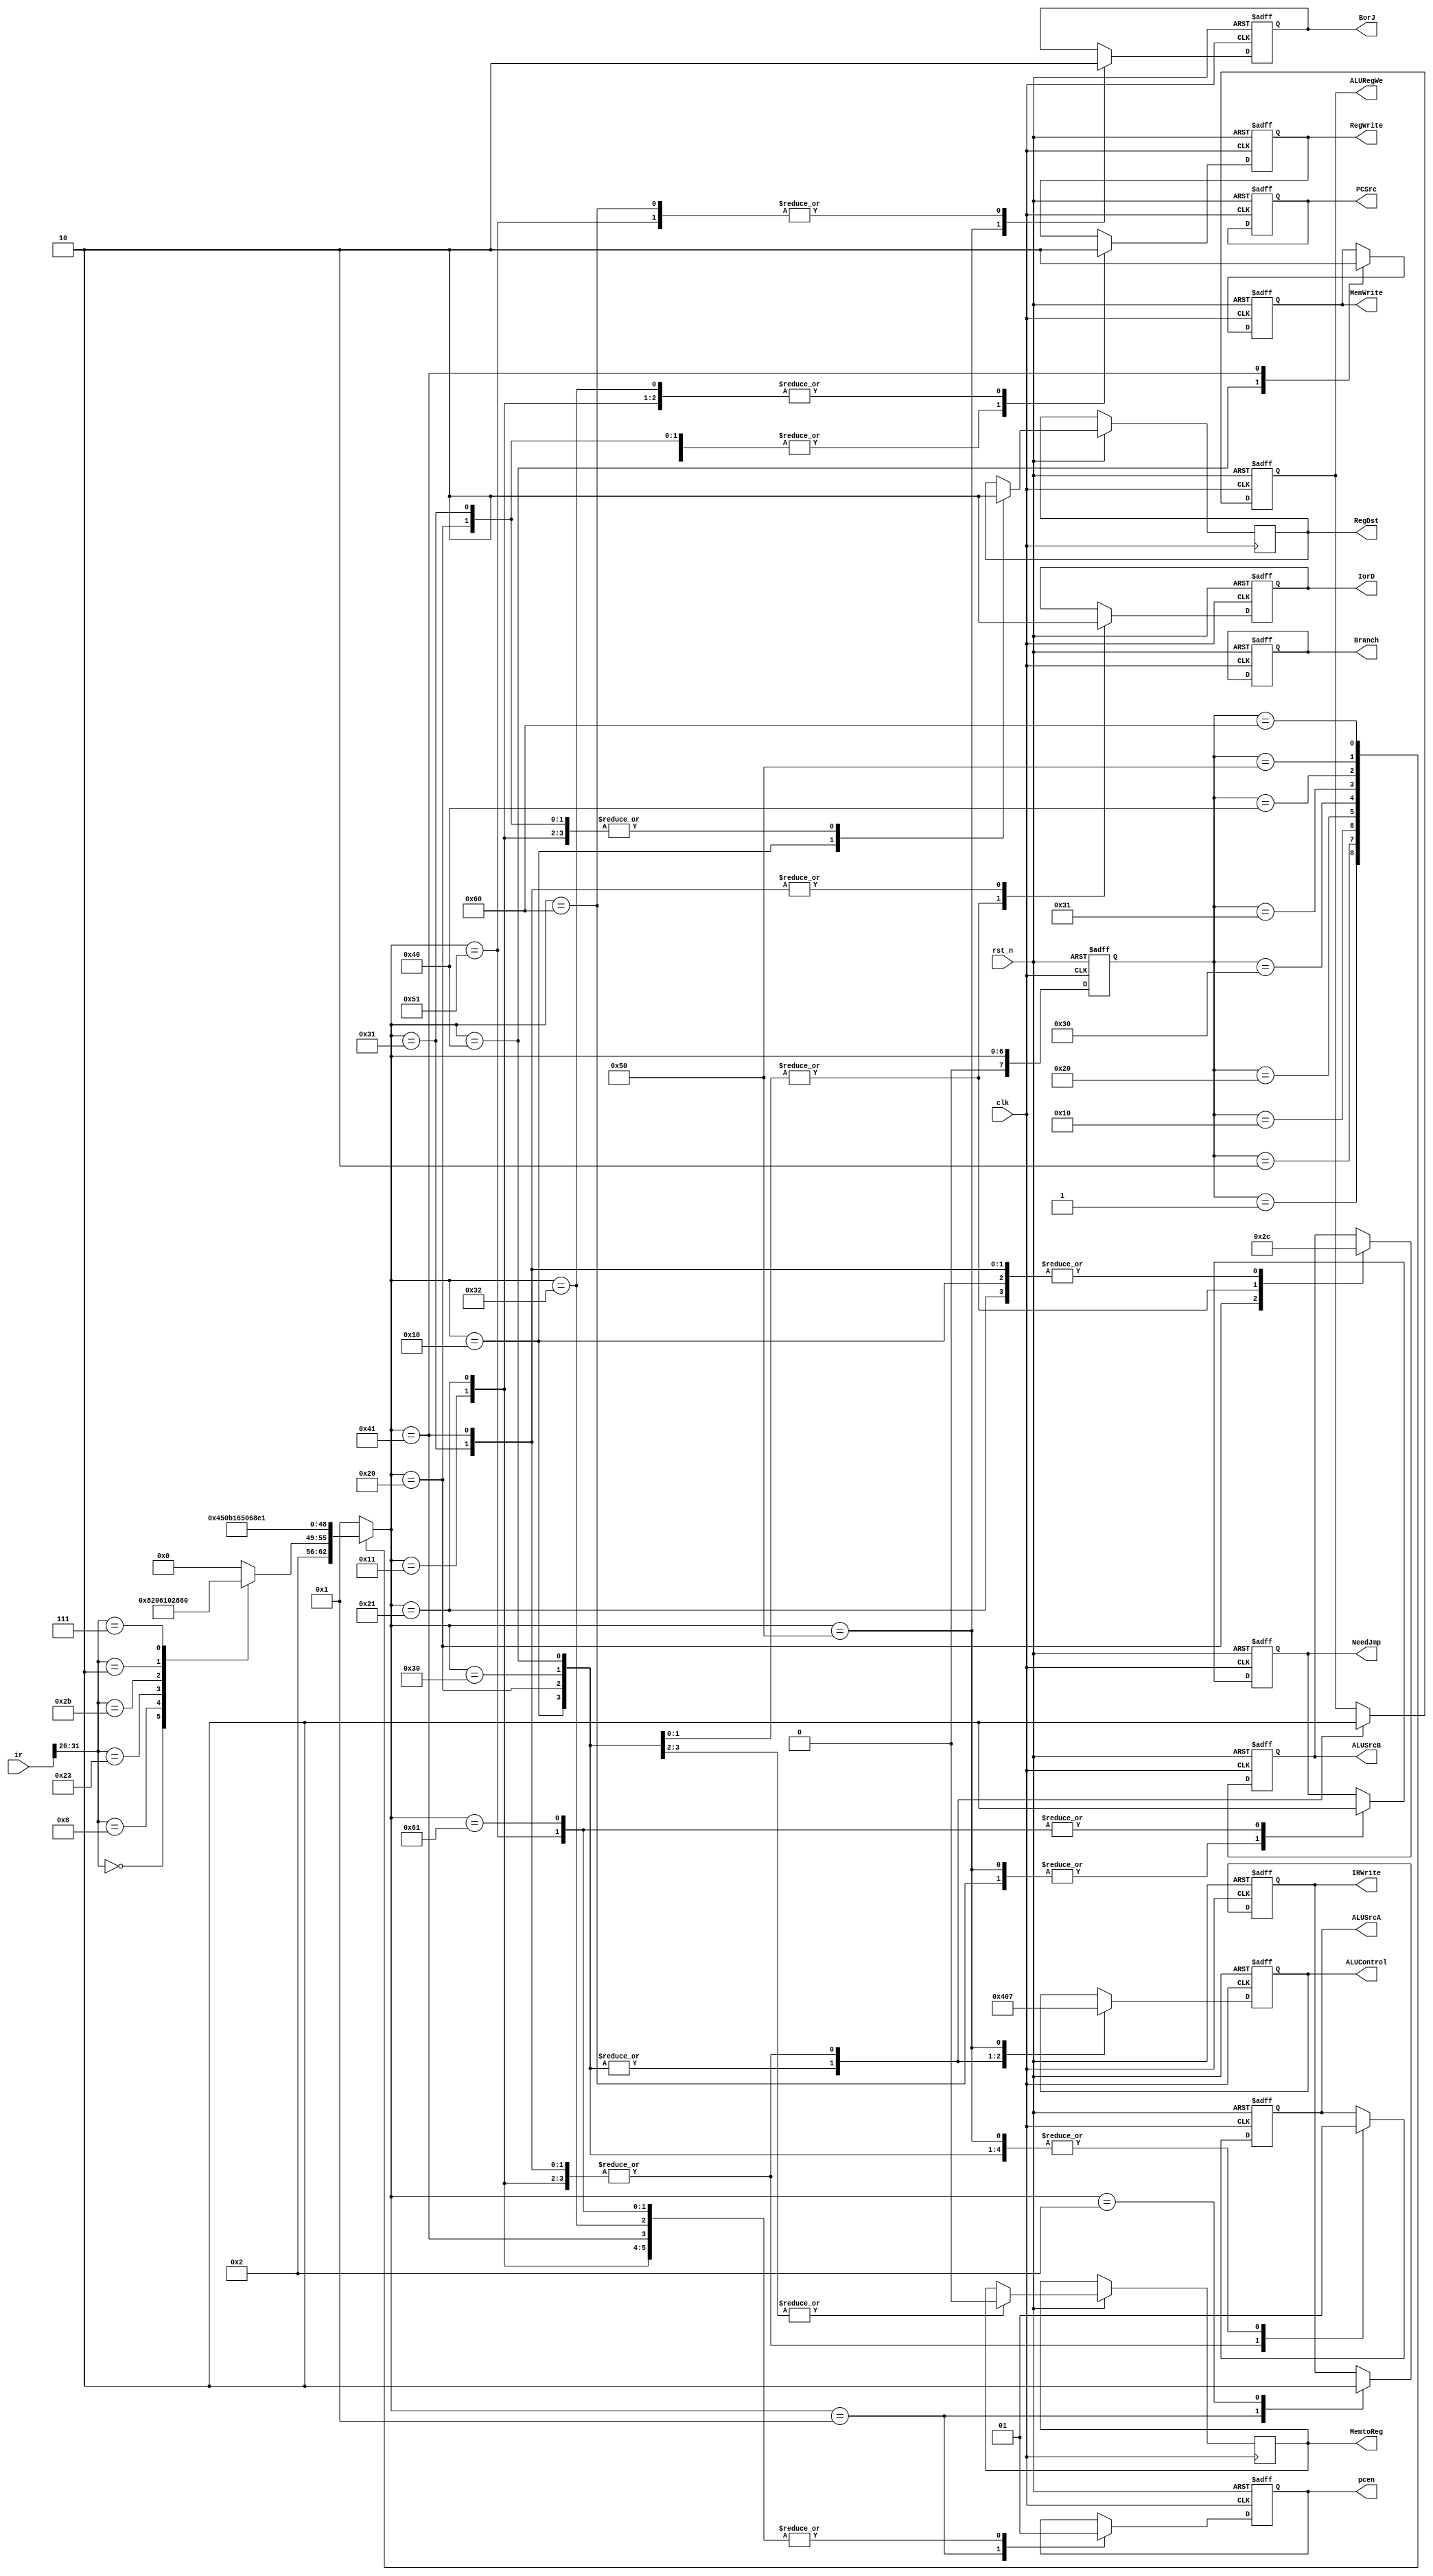
`timescale 1ns / 1ps
//////////////////////////////////////////////////////////////////////////////////
// Company: 
// Engineer: 
// 
// Design Name: 
// Module Name:    FSM 
// Project Name: 
// Target Devices: 
// Tool versions: 
// Description: 
//
// Dependencies: 
//
// Revision: 
// Revision 0.01 - File Created
// Additional Comments: 
//
//////////////////////////////////////////////////////////////////////////////////
module FSM(
	input clk,
	input rst_n,
	input [31:0] ir,
	
	output reg RegDst,
	output reg MemtoReg,
	
	output reg IorD,
	output reg MemWrite,
	output reg IRWrite,
	output reg pcen,
	output reg Branch,
	output reg PCSrc,
	output reg [4:0] ALUControl,
	output reg [1:0] ALUSrcB,
	output reg ALUSrcA,
	output reg RegWrite,
	
	output reg ALURegWe,
	
	output reg NeedJmp,
	output reg BorJ
);

// 00 halt
// 01 out=(pc=pc') pc'=pc+4 
// 02 fetch command,logic switch,set all muxer data
// 10 add; get alu answer
// 11 write back
// 20 addi get alu answer
// (11) 21 write back

// 30 lw add,get address
// 31 read
// 32 write back
// 40 sw add,get address,get data
// 41 write

// 50 bgtz, get flag & pc,write to pc'
// 60 j, get pc, write to pc'


reg [7:0] nowstate;
reg [7:0] nextstate;


always@(posedge clk or negedge rst_n)
begin
	if(~rst_n)
	begin
		nowstate<=8'h0;
	end
	else
		nowstate<=nextstate;
end

always@(*)
begin
	case(nowstate)
	8'h0:
		nextstate=8'h1;
	8'h1:
		nextstate=8'h2;
	8'h2:
		begin
			case(ir[31:26])
			6'h0:
				nextstate=8'h10; //add
			6'h8:
				nextstate=8'h20; //addi
			6'h23:
				nextstate=8'h30; //lw
			6'h2B:
				nextstate=8'h40; //sw
			6'h2:
				nextstate=8'h50; //j
			6'h7:
				nextstate=8'h60; //bgtz
			default:
				nextstate=8'h0;
			endcase
		end
	8'h10:
		nextstate=8'h11;
	8'h20:
		nextstate=8'h21;
	8'h30:
		nextstate=8'h31;
	8'h31:
		nextstate=8'h32;
	8'h40:
		nextstate=8'h41;
	8'h50:
		nextstate=8'h51;
	8'h60:
		nextstate=8'h61;
	default:
		nextstate=8'h1;
	endcase
end

always@(posedge clk or negedge rst_n)
begin
	if(~rst_n)
	begin
		pcen<=1;
		MemWrite<=0;
		RegWrite<=0;
		IorD<=0;
		IRWrite<=0;
		Branch<=0;
		PCSrc<=0;
		ALUControl<=5'b0;
		ALUSrcB<=2'b0;
		ALUSrcA<=0;
		RegWrite<=0;
		ALURegWe<=0;
		NeedJmp<=0;
		BorJ<=0;
	end
	else
	begin
	case(nextstate)
	8'h1:
	begin
		//PC into mem_addr
		pcen<=0;
		IRWrite<=1;
	end
	8'h2:
	begin
		//mem data is already prepared
		IRWrite<=0; //lock instruction
	end
	8'h10:
	begin //add
		RegDst<=1;
		RegWrite<=1;
		ALUSrcA<=1;
		ALUSrcB<=2'b00;
		ALURegWe<=1;
		ALUControl<=5'h1;
		MemtoReg<=0;
	end
	8'h11:
	begin
		RegDst<=0;
		RegWrite<=0;
		ALUSrcA<=0;
		ALUControl<=5'h0;
		pcen<=1;
		ALURegWe<=0;
	end
	8'h20: //addi
	begin
		RegDst<=0;
		RegWrite<=1;
		ALUSrcA<=1;
		ALUSrcB<=2'b10;
		ALUControl<=5'h1;
		MemtoReg<=0;
		ALURegWe<=1;
	end
	8'h21:
	begin
		RegDst<=0;
		RegWrite<=0;
		ALUSrcA<=0;
		ALUSrcB<=2'b0;
		ALUControl<=5'h0;
		pcen<=1;
		ALURegWe<=0;
	end
	8'h30: //lw
	begin
		ALUSrcA<=1;
		ALUSrcB<=2'b11;
		ALUControl<=5'h1;
		IorD<=1;
		ALURegWe<=1;
	end
	8'h31:
	begin
		ALURegWe<=0;
		IorD<=0;
		ALUControl<=5'h0;
		ALUSrcA<=0;
		ALUSrcB<=2'b0;
		//after posedge, mem data is already
		RegDst<=0;
		RegWrite<=1;
	end
	8'h32:
	begin
		//this posedge, write data to reg
		RegWrite<=0;
		pcen<=1;
	end
	8'h40: //sw
	begin
		ALUSrcA<=1;
		ALUSrcB<=2'b11;
		ALUControl<=5'h1;
		IorD<=1;
		ALURegWe<=1; //next posedge, address is ready, rego2 is also ready
		MemWrite<=1;
	end
	8'h41:
	begin
		MemWrite<=0;
		ALURegWe<=0;
		IorD<=0;
		ALUSrcA<=0;
		ALUSrcB<=2'b0;
		ALUControl<=5'h0;
		pcen<=1;
	end
	8'h50: //bgtz
	begin
		ALUSrcA<=1;
		ALUControl<=5'h7;
		NeedJmp<=1;
		BorJ<=1;
	end
	8'h51: //this posedge,flag is set
	begin
		NeedJmp<=0;
		BorJ<=0;
		pcen<=1;
	end
	8'h60: //j
	begin
		NeedJmp<=1;
		BorJ<=0;
	end
	8'h61:
	begin
		NeedJmp<=0;
		pcen<=1;
	end
	endcase
	end
end
endmodule